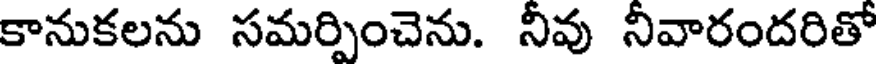
కానుకలను సమర్పించెను. నీవు నీవారందరితో